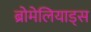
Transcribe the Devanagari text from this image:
ब्रोमेलियाड्स